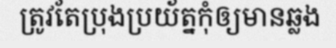
ត្រូវតែប្រុងប្រយ័ត្នកុំឲ្យមានឆ្លង